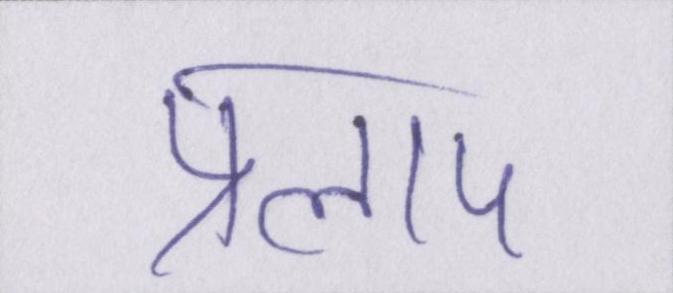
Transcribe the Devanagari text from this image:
प्रलाप